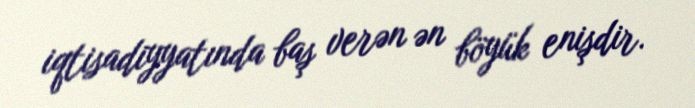
iqtisadiyyatında baş verən ən böyük enişdir.